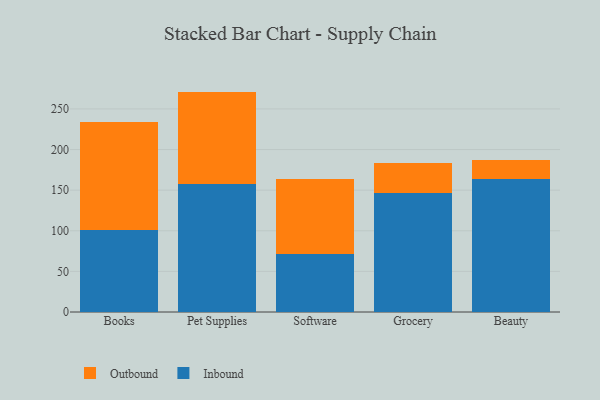
{"axis": {"x": "Category", "y": "Churn Rate (%)"}, "legend": ["Inbound", "Outbound"], "data": [{"x": "Books", "y": 100.7, "type": "Inbound"}, {"x": "Books", "y": 132.8, "type": "Outbound"}, {"x": "Pet Supplies", "y": 157.2, "type": "Inbound"}, {"x": "Pet Supplies", "y": 114.1, "type": "Outbound"}, {"x": "Software", "y": 71.4, "type": "Inbound"}, {"x": "Software", "y": 92.4, "type": "Outbound"}, {"x": "Grocery", "y": 146.5, "type": "Inbound"}, {"x": "Grocery", "y": 36.4, "type": "Outbound"}, {"x": "Beauty", "y": 163.6, "type": "Inbound"}, {"x": "Beauty", "y": 23.2, "type": "Outbound"}]}